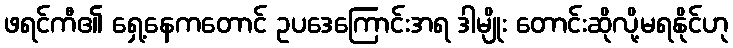
ဖရင်ကီ၏ ရှေ့နေကတောင် ဥပဒေကြောင်းအရ ဒါမျိုး တောင်းဆိုလို့မရနိုင်ဟု